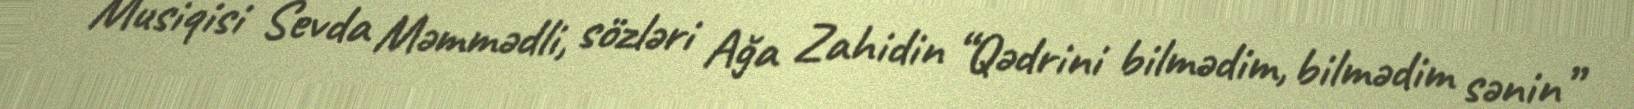
Musiqisi Sevda Məmmədli, sözləri Ağa Zahidin “Qədrini bilmədim, bilmədim sənin”